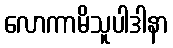
လောကာမိသူပါဒါနာ